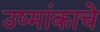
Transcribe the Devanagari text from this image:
उष्मांकाचे